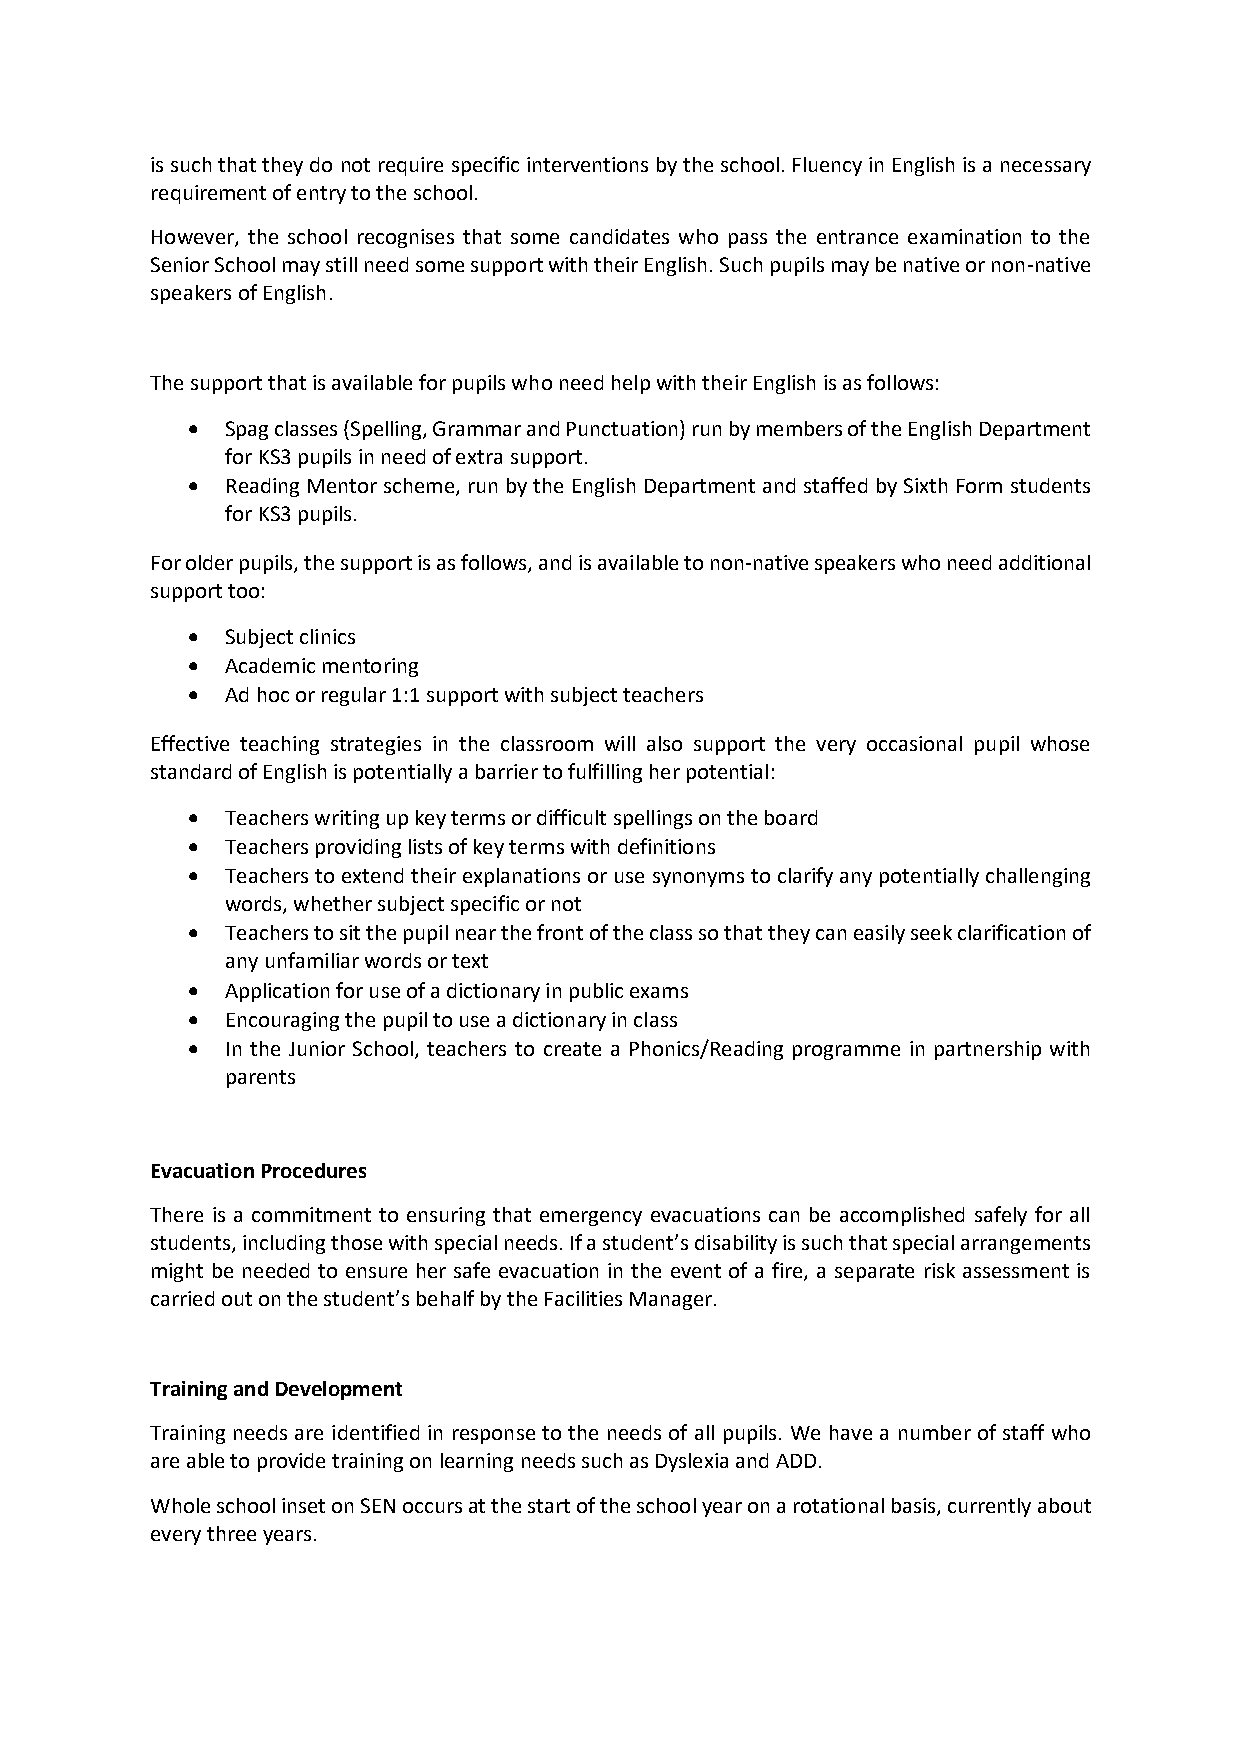
is such that they do not require specific interventions by the school. Fluency in English is a necessary
 requirement of entry to the school.
 However, the school recognises that some candidates who pass the entrance examination to the
 Senior School may still need some support with their English. Such pupils may be native or non-native
 speakers of English.
 The support that is available for pupils who need help with their English is as follows:
 •  Spag classes (Spelling, Grammar and Punctuation) run by members of the English Department
 for KS3 pupils in need of extra support.
 •  Reading Mentor scheme, run by the English Department and staffed by Sixth Form students
 for KS3 pupils.
 For older pupils, the support is as follows, and is available to non-native speakers who need additional
 support too:
 •  Subject clinics
 •  Academic mentoring
 •  Ad hoc or regular 1:1 support with subject teachers
 Effective teaching strategies in the classroom will also support the very occasional pupil whose
 standard of English is potentially a barrier to fulfilling her potential:
 •  Teachers writing up key terms or difficult spellings on the board
 •  Teachers providing lists of key terms with definitions
 •  Teachers to extend their explanations or use synonyms to clarify any potentially challenging
 words, whether subject specific or not
 •  Teachers to sit the pupil near the front of the class so that they can easily seek clarification of
 any unfamiliar words or text
 •  Application for use of a dictionary in public exams
 •  Encouraging the pupil to use a dictionary in class
 •  In the Junior School, teachers to create a Phonics/Reading programme in partnership with
 parents
 Evacuation Procedures
 There is a commitment to ensuring that emergency evacuations can be accomplished safely for all
 students, including those with special needs. If a student’s disability is such that special arrangements
 might be needed to ensure her safe evacuation in the event of a fire, a separate risk assessment is
 carried out on the student’s behalf by the Facilities Manager.
 Training and Development
 Training needs are identified in response to the needs of all pupils. We have a number of staff who
 are able to provide training on learning needs such as Dyslexia and ADD.
 Whole school inset on SEN occurs at the start of the school year on a rotational basis, currently about
 every three years.